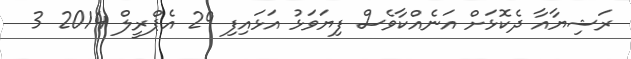
ރަޝިޔާއާ ދެކޮޅަށް އަނެއްކާވެސް ފިޔަވަޅު އަޅައިފި 29 އެޕްރީލް 2014 3